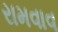
રામવાવ